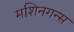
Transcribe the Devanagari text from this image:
मशिनगन्स